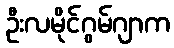
ဦးလမိုင်ဂွမ်ဂျာက